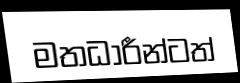
මතධාරීන්ටත්